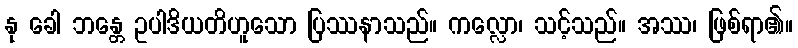
နု ခေါ ဘန္တေ ဥပါဒိယတိဟူသော ပြဿနာသည်။ ကလ္လော၊ သင့်သည်။ အဿ၊ ဖြစ်ရာ၏။